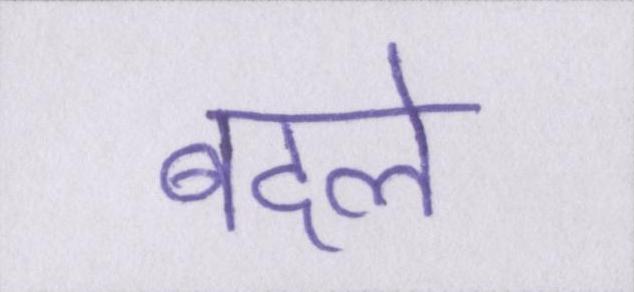
बदले